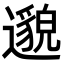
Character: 邈